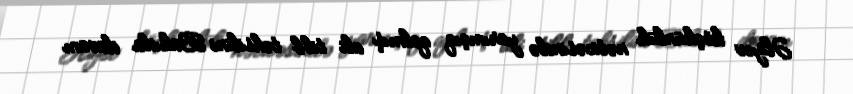
Əliyev köçkünlük nəticəsində yarımçıq qalmış ali tibb təhsilini Bakıda davam